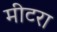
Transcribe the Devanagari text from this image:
मीटरा